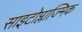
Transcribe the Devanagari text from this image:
साइटोप्लाज्मिक